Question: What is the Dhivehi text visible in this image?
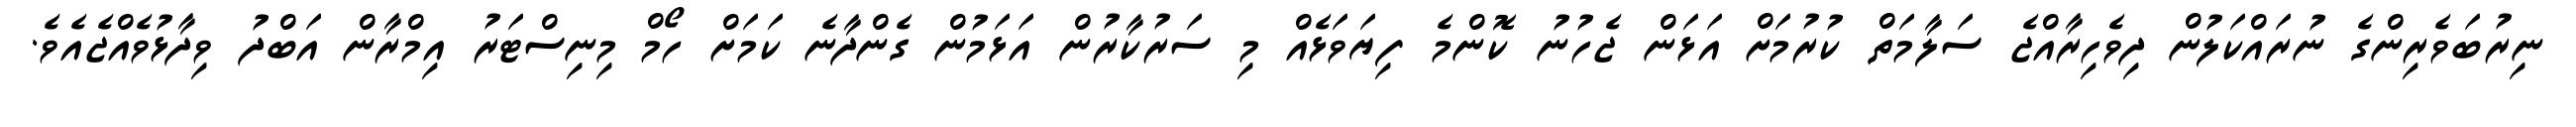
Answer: ނިރުބަވެރިންގެ ނުރައްކަލުން ދިވެހިރާއްޖެ ސަލާމަތް ކުރުމަށް އަޅަން ޖެހުނު ކޮންމެ ފިޔަވަޅެއް މި ސަރުކާރުން އަޅަމުން ގެންދާނެ ކަމަށް ހޯމް މިނިސްޓަރު އިމްރާން އަބްދު ވިދާޅުވެއްޖެއެވެ.